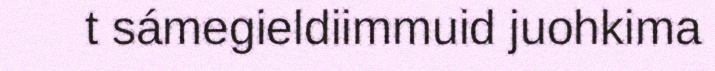
t sámegieldiimmuid juohkima